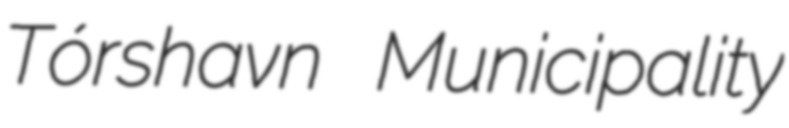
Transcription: Tórshavn Municipality